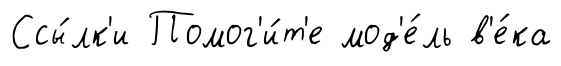
Ссы́лк'и Помог'и́т'е мод'е́ль в'е́ка